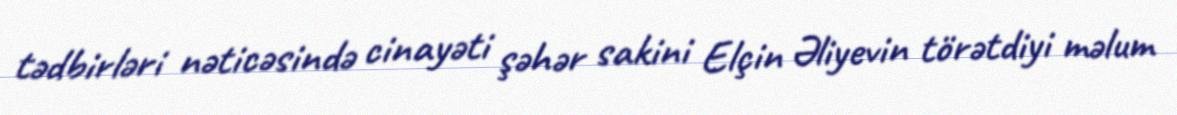
tədbirləri nəticəsində cinayəti şəhər sakini Elçin Əliyevin törətdiyi məlum